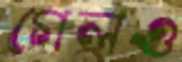
গেলও